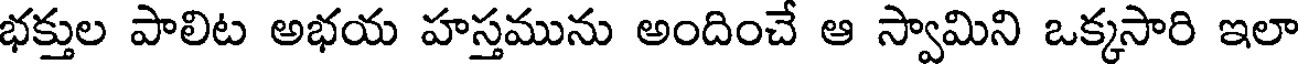
భక్తుల పాలిట అభయ హస్తమును అందించే ఆ స్వామిని ఒక్కసారి ఇలా